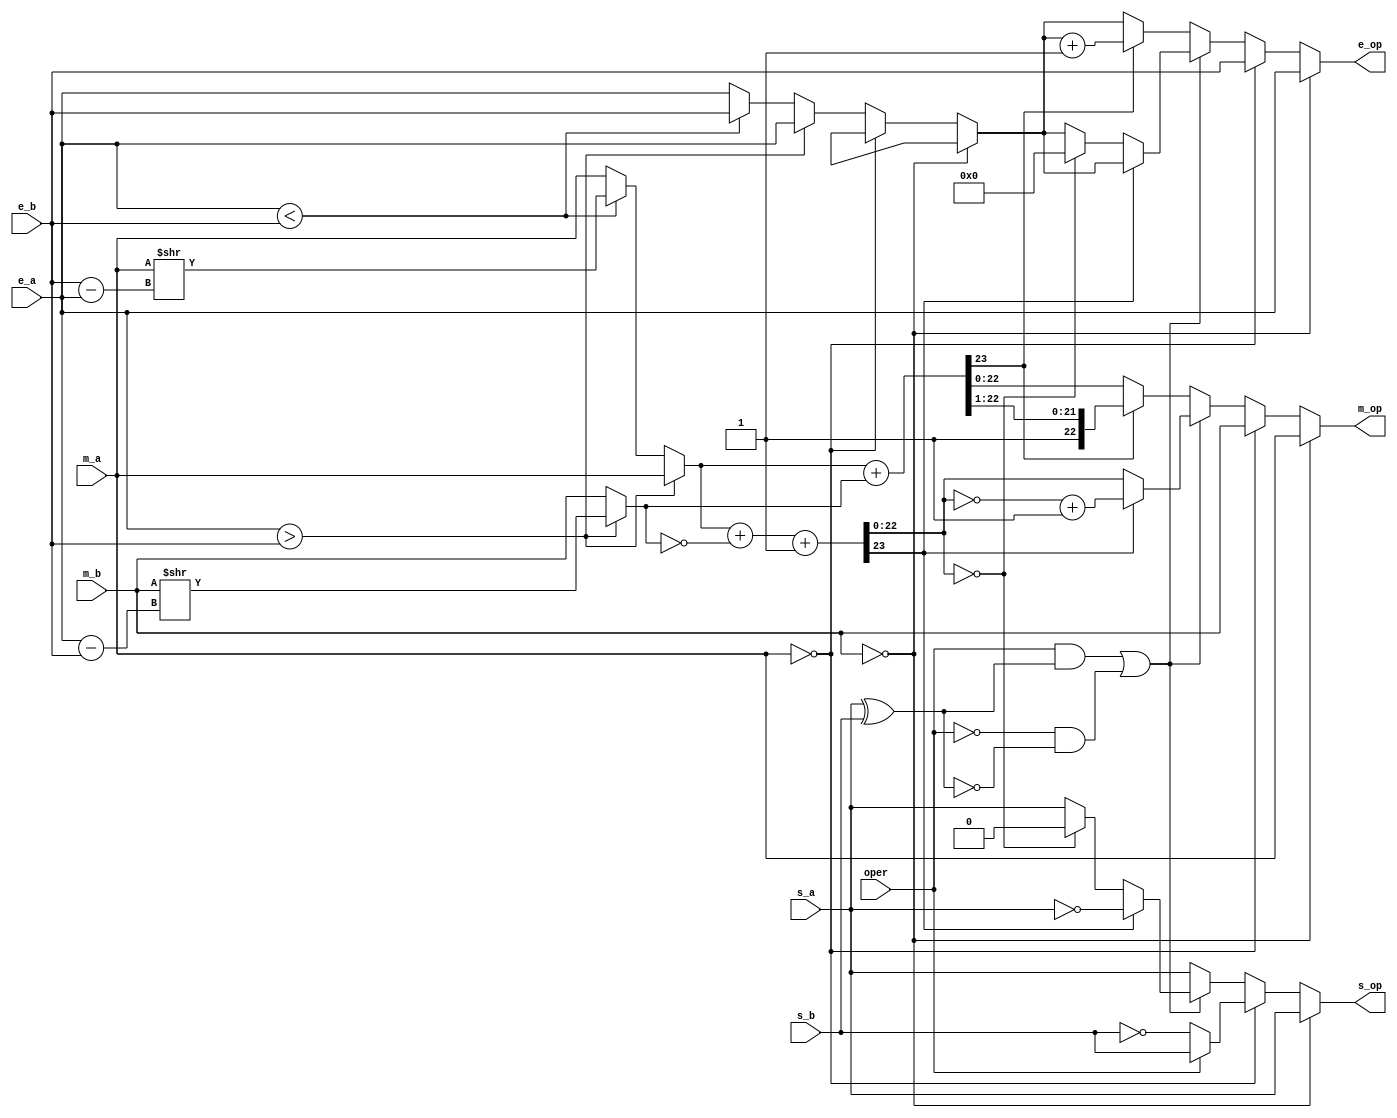
module float_pt_add_sub(s_a, m_a, e_a, s_b, m_b, e_b, oper, s_op, e_op, m_op);
input s_a, s_b;
input [7:0] e_a, e_b;
input [22: 0] m_a, m_b;
input oper;

output reg s_op;
output reg [7:0] e_op;
output reg [22:0] m_op;

reg s_ac, s_br;
reg [7:0] e_br, e_ac;
reg[22:0] m_br, m_ac;
reg [23:0] o_ac;


always @(*)
begin
    e_br = e_b;
    e_ac = e_a;
    m_br = m_b;
    m_ac = m_a;
    s_ac = s_a;
    s_br = s_b;
    
    if(m_br == 0)
    begin
        s_op = 0;
        e_op = 0;
        m_op = 0;
    end
    else 
    begin
        if(m_ac ==0)
        begin
            m_ac = m_br;
            e_ac = e_br;
            if(oper == 1) s_ac = s_br;
            else s_ac = ~s_br;
        end
        else
        begin
            if(e_ac > e_br)
            begin
                m_br = m_br >> (e_ac - e_br);
                e_br = e_ac;
            end
            else if(e_ac < e_br)
            begin
                m_ac = m_ac >> (e_br - e_ac);
                e_ac = e_br;
            end
            
            if((oper && (s_ac ^ s_br)) || (~oper && !(s_ac ^ s_br)))
            begin
                o_ac = m_ac + ~m_br + 1;
                if(o_ac[23] == 1)
                begin
                    o_ac[22:0] = ~o_ac[22:0] + 1;
                    s_ac = ~s_ac;
                end
                else if(o_ac[22:0] == 0) begin
                s_ac = 0;
                e_ac = 0; end
                
                m_ac = o_ac[22:0];
                
            end
            else
            begin
                o_ac = m_ac + m_br;
                if (o_ac[23] == 1)
                begin
                    o_ac = o_ac >> 1;
                    e_ac = e_ac + 1;
                end
                m_ac = o_ac;
            end
        end
    
    end
    s_op = s_ac;
    m_op = m_ac;
    e_op = e_ac;
end



endmodule